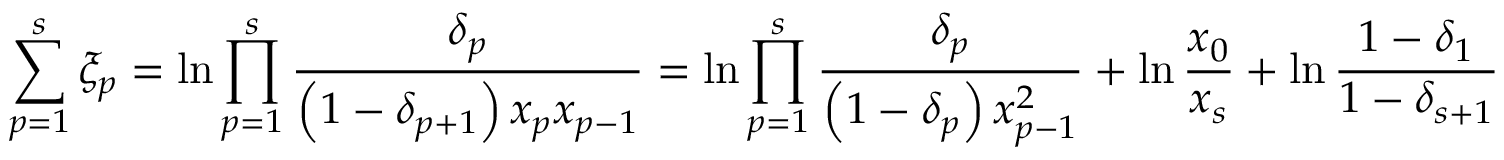
\sum _ { p = 1 } ^ { s } \xi _ { p } = \ln \prod _ { p = 1 } ^ { s } { \frac { \delta _ { p } } { \left( 1 - \delta _ { p + 1 } \right) x _ { p } x _ { p - 1 } } } = \ln \prod _ { p = 1 } ^ { s } { \frac { \delta _ { p } } { \left( 1 - \delta _ { p } \right) x _ { p - 1 } ^ { 2 } } } + \ln { \frac { x _ { 0 } } { x _ { s } } } + \ln { \frac { 1 - \delta _ { 1 } } { 1 - \delta _ { s + 1 } } }